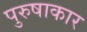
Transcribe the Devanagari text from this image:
पुरुषाकार